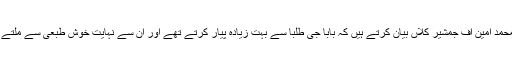
حافظ محمد امین آف جمشیر کلاں بیان کرتے ہیں کہ بابا جی طلبا سے بہت زیادہ پیار کرتے تھے اور ان سے نہایت خوش طبعی سے ملتے تھے ۔